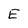
Character: E